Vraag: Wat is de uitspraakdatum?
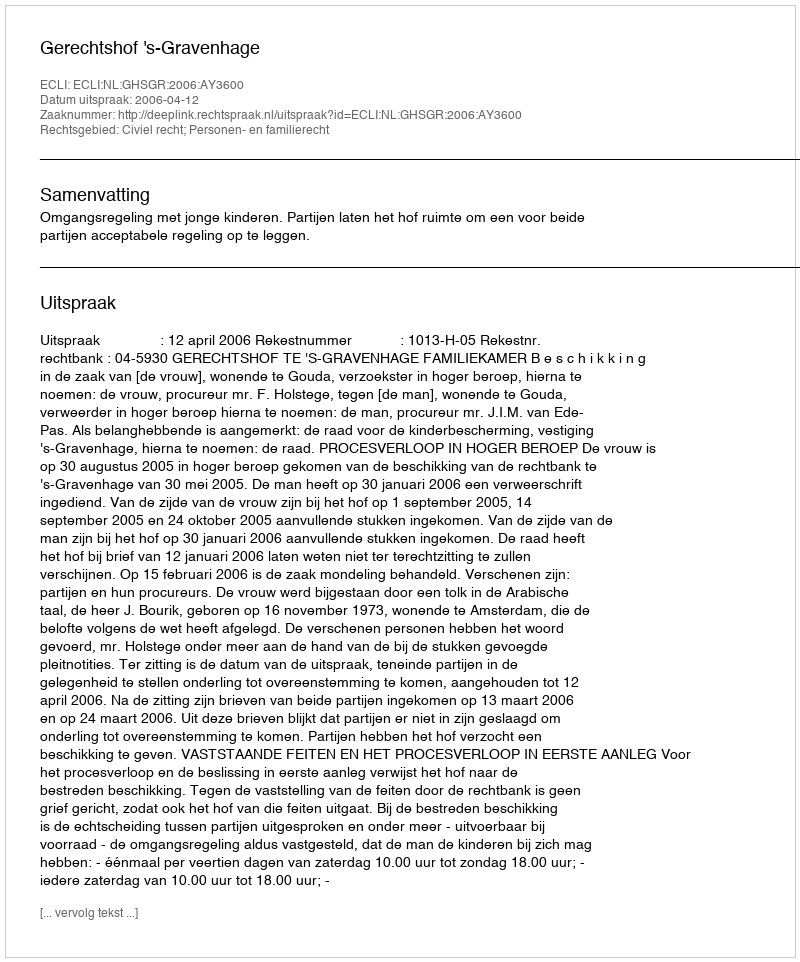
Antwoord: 2006-04-12